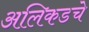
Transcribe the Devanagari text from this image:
अलिकडचे